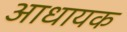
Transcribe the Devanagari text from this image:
आधायक